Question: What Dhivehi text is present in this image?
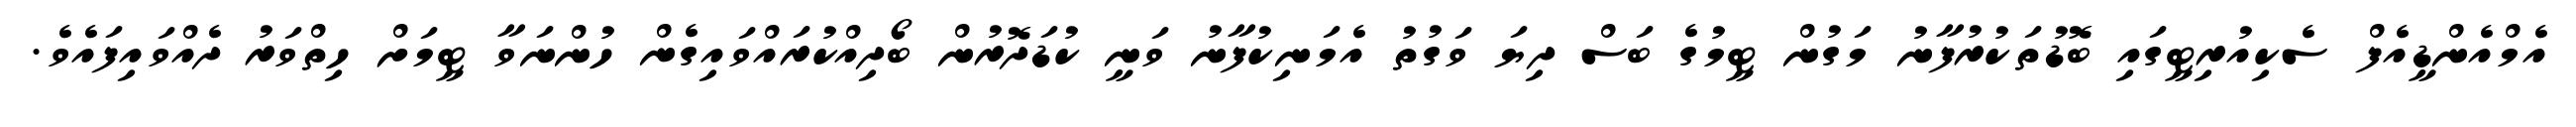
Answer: އެމްއެންޑީއެފް ސެކިއުރިޓީގައި ބޮޑުތަކުރުފާނު މަގުން ޓީމުގެ ބަސް ދިޔަ ވަގުތު އެމަނިކުފާނު ވަނީ ކުޑަދޮރުން ބޯދިއްކުރައްވައިގެން ހުންނަވާ ޓީމަށް ހިތްވަރު ދެއްވައިފައެވެ.